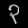
Digit: ၃